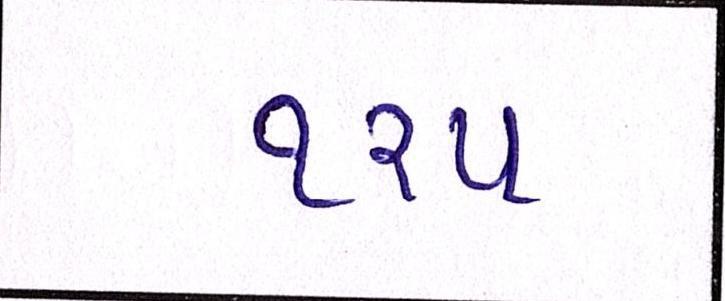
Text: ૧૨૫